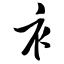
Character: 衤